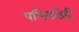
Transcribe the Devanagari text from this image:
पलिकडेही